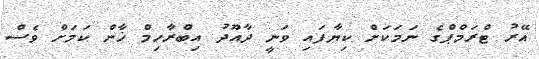
އޭރު ޓްރަމްޕްގެ ނަމަކަށް ކިޔާފައި ވަނީ ދާއޫދު އިބްރާހިމް ޚާން ކަމަށް ވެސް